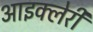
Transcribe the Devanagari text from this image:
आइक्लेरी